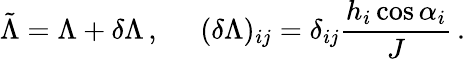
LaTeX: \tilde{\Lambda}=\Lambda+\delta\Lambda\, ,\; \; \; \; \; (\delta\Lambda)_{ij}=\delta_{ij}\frac{h_{i}\cos\alpha_{i}}{J}\, .